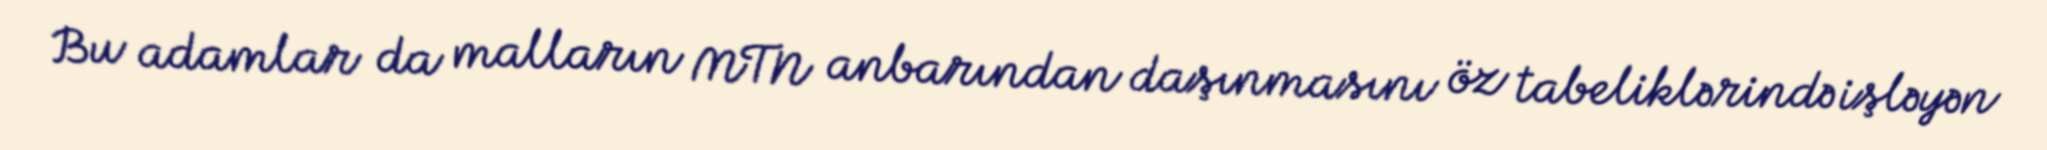
Bu adamlar da malların MTN anbarından daşınmasını öz tabeliklərində işləyən